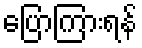
ပြောကြားရန်